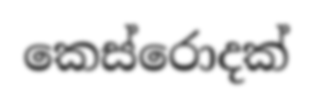
කෙස්රොදක්